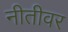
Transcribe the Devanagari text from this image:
नीतीवर